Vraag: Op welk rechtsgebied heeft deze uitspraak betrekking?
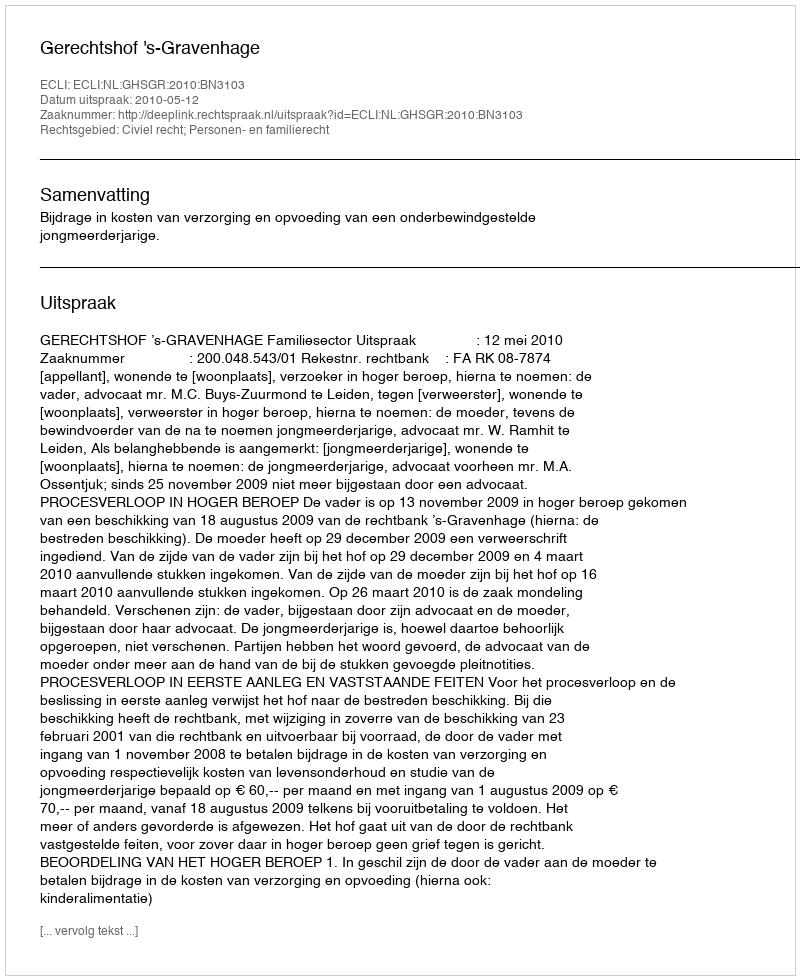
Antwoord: Civiel recht; Personen- en familierecht